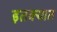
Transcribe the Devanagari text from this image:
इतक्‍यात